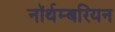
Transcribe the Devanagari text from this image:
नॉर्थम्बरियन